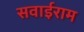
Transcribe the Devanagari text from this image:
सवाईराम